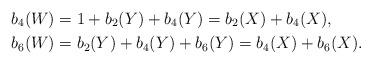
LaTeX: \begin{align*}b_4(W)&=1+b_2(Y)+b_4(Y)=b_2(X)+b_4(X),\\b_6(W)&=b_2(Y)+b_4(Y)+b_6(Y)=b_4(X)+b_6(X).\end{align*}